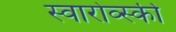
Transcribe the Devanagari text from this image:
स्वारोव्स्की